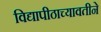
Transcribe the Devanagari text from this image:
विद्यापीठाच्यावतीने